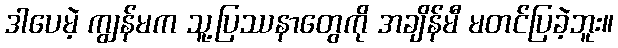
ဒါပေမဲ့ ကျွန်မက သူ့ပြဿနာတွေကို အချိန်မီ မတင်ပြခဲ့ဘူး။